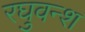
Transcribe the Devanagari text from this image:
रघुवन्श